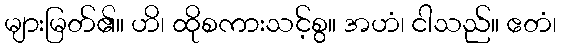
များမြတ်၏။ ဟိ၊ ထိုစကားသင့်စွ။ အဟံ၊ ငါသည်။ ဧတံ၊